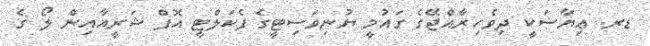
ޑރ. ޢިޔާޟަކީ ދިވެހިރާއްޖޭގެ ގައުމީ ޔުނިވަސިޓީގެ ފެކަލްޓީ އޮފް ޝަރީއާއިން ލޯ ގެ